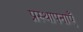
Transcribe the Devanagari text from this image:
प्रस्थापनाएँ